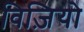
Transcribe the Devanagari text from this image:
विज़ियो